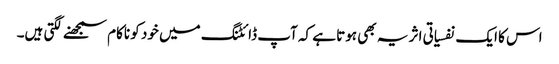
اس کا ایک نفسیاتی اثر یہ بھی ہوتا ہے کہ آپ ڈائٹنگ میں خود کو ناکام سمجھنے لگتی ہیں۔